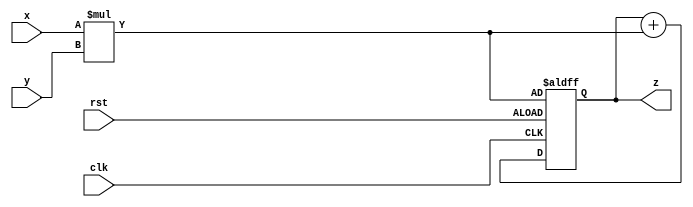
module mack(x,y,clk,rst,z);
 //multiply and accumulate unit
 input x,y, clk, rst;
 reg g; 
 reg temp;
 output z;
 reg z;

 //multiplication
 always@(x or y)
  begin 
   g <= x*y;
  end

 //accumulation
 always@(posedge clk or posedge rst)
  begin
   if(rst==1)
     temp <= g;
   else
     temp <= temp + g;
  end

 always@(temp)
  begin
    z <= temp;
  end

endmodule